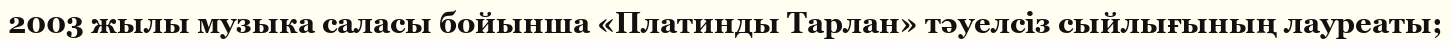
2003 жылы музыка саласы бойынша «Платинды Тарлан» тәуелсіз сыйлығының лауреаты;